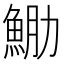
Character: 𩶵